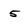
Character: 5